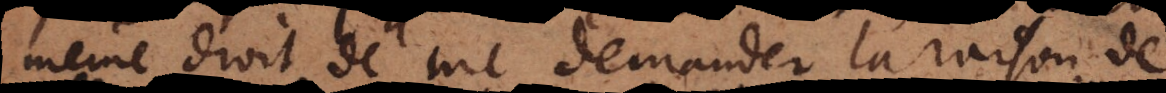
même droit de me demander la raison de